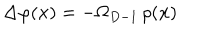
LaTeX: \Delta \varphi ( { \bf x } ) = - \Omega _ { D - 1 } \, \rho ( { \bf x } )